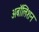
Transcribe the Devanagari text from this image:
अबॉलिशन